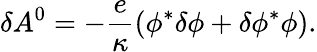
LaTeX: \delta A^{0}=-{\frac{e}{\kappa}}(\phi^{*}\delta\phi+\delta\phi^{*}\phi).